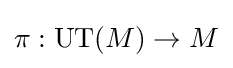
\pi :\mathrm {UT} (M)\to M